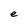
Character: e